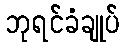
ဘုရင်ခံချုပ်